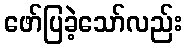
ဖော်ပြခဲ့သော်လည်း